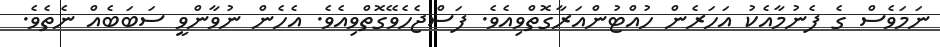
ނަމަވެސް ގެ ފެނުމާއެކު އަހަރެން ހުއްޓުންއަރާގޮތްވިއެވެ. ފަސްޖެހެވޭގޮތްވިއެވެ. އެހެން ނުވާންވީ ސަބަބެއް ނެތެވެ.